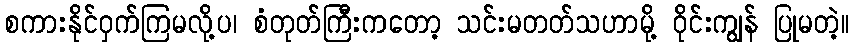
စကားနိုင်ဝှက်ကြမလို့ပ၊ စံတုတ်ကြီးကတော့ သင်းမတတ်သဟာမို့ ဝိုင်းကျွန် ပြုမတဲ့။